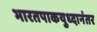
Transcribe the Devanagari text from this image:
भारतपाकयुध्दानंतर